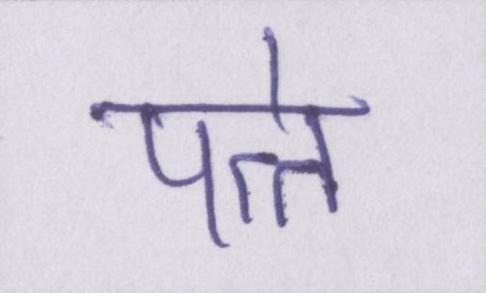
पत्ते